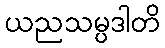
ယညသမ္ပဒါတိ